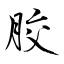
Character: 胶